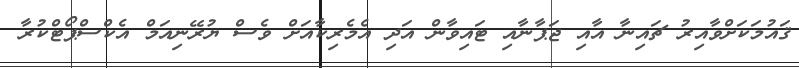
ޤައުމަކަށްވާއިރު ޗައިނާ އާއި ޖަޕާނާއި ޓައިވާން އަދި އެމެރިކާއަށް ވެސް ޔުރޭނިއަމް އެކްސްޕޯޓްކުރާ